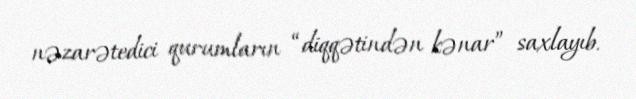
nəzarətedici qurumların “diqqətindən kənar” saxlayıb.